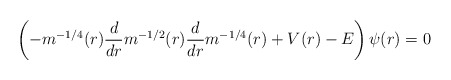
\begin{align*} \left(- m^{-1/4}(r) \frac{d}{dr} m^{-1/2}(r) \frac{d}{dr} m^{-1/4}(r) + V(r) - E\right) \psi(r) = 0\end{align*}